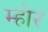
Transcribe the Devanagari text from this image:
म्होरं